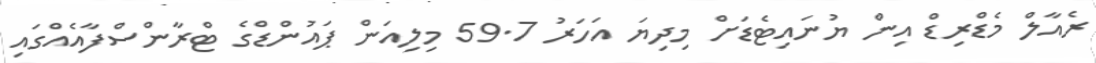
ރެއާލް މެޑްރިޑް އިން ޔުނައިޓެޑަށް މިދިޔަ އަހަރު 59.7 މިލިއަން ޕައުންޑްގެ ޓްރާންސްފާއެއްގައި